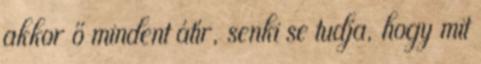
akkor ő mindent átír, senki se tudja, hogy mit